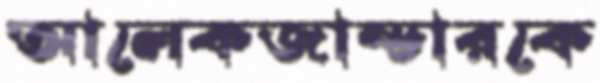
আলেকজান্ডারকে